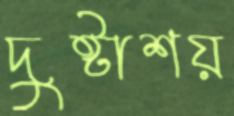
দুষ্টাশয়